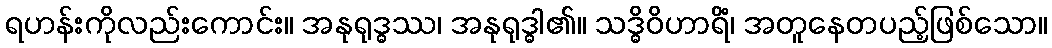
ရဟန်းကိုလည်းကောင်း။ အနုရုဒ္ဓဿ၊ အနုရုဒ္ဓါ၏။ သဒ္ဓိဝိဟာရိံ၊ အတူနေတပည့်ဖြစ်သော။